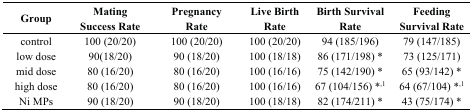
<table><thead><tr><td><b>Group</b></td><td><b>Mating Success Rate</b></td><td><b>Pregnancy Rate</b></td><td><b>Live Birth Rate</b></td><td><b>Birth Survival Rate</b></td><td><b>Feeding Survival Rate</b></td></tr></thead><tbody><tr><td>control</td><td>100 (20/20)</td><td>100 (20/20)</td><td>100 (20/20)</td><td>94 (185/196)</td><td>79 (147/185)</td></tr><tr><td>low dose</td><td>90(18/20)</td><td>90 (18/20)</td><td>100 (18/18)</td><td>86 (171/198) *</td><td>73 (125/171)</td></tr><tr><td>mid dose</td><td>80 (16/20)</td><td>80 (16/20)</td><td>100 (16/16)</td><td>75 (142/190) *</td><td>65 (93/142) *</td></tr><tr><td>high dose</td><td>80 (16/20)</td><td>80 (16/20)</td><td>100 (16/16)</td><td>67 (104/156) *<sup>,1</sup></td><td>64 (67/104) *<sup>,1</sup></td></tr><tr><td>Ni MPs</td><td>90 (18/20)</td><td>90 (18/20)</td><td>100 (18/18)</td><td>82 (174/211) *</td><td>43 (75/174) *</td></tr></tbody></table>